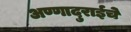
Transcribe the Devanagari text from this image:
अण्णादुराईचे